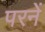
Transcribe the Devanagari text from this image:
परनें